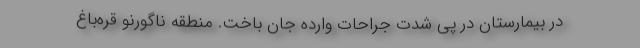
در بیمارستان در پی شدت جراحات وارده جان باخت. منطقه ناگورنو قره‌باغ